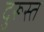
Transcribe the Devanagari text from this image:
दुरूस्‍त